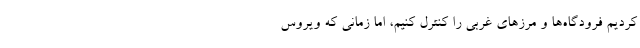
کردیم فرودگاه‌ها و مرز‌های غربی را کنترل کنیم، اما زمانی که ویروس